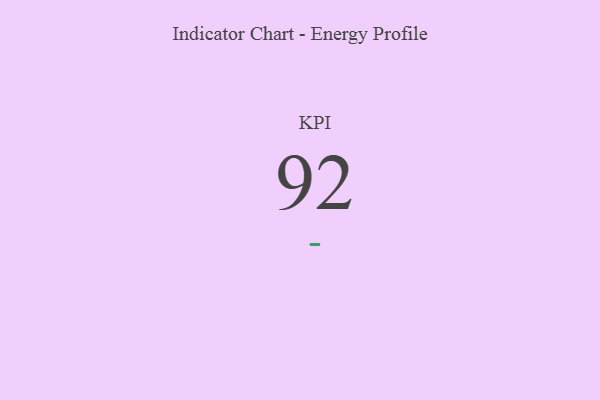
{"axis": {"x": "KPI", "y": "Value"}, "legend": [""], "data": [{"x": "KPI", "y": 92, "type": ""}]}